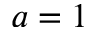
a = 1